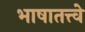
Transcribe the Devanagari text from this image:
भाषातत्त्वे